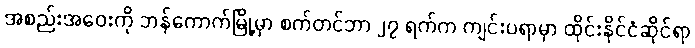
အစည်းအဝေးကို ဘန်ကောက်မြို့မှာ စက်တင်ဘာ ၂၇ ရက်က ကျင်းပရာမှာ ထိုင်းနိုင်ငံဆိုင်ရာ